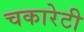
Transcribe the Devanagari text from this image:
चकारेटी